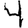
Digit: 4